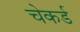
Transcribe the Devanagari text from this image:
चेकर्ड